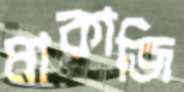
মাকাজি